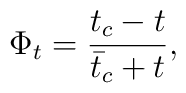
\Phi_t={{t_c-t}\over {{\bar t}_c+t}},